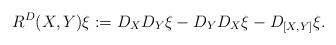
LaTeX: \begin{align*} R^D(X,Y)\xi:=D_XD_Y\xi-D_YD_X\xi-D_{[X,Y]}\xi.\end{align*}